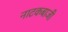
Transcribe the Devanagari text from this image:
नाटकबाजी